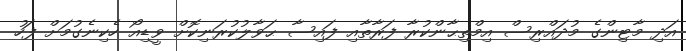
އަދި މާޓިންގެ މުދައްރިސް އިމްތިޙާންކުރާ ފަރާތާއި ފައިސާ ޙަވާލުކުރަނިކޮށް ވީޑިއޯ ހެކިނެގުމަށް ފަހު